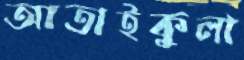
আতাইকুলা